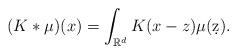
LaTeX: \begin{align*}(K*\mu)(x) = \int_{\mathbb R^d} K(x-z) \mu(\d z).\end{align*}